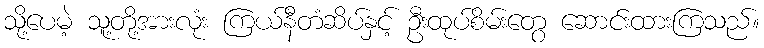
သို့ပေမဲ့ သူ့တို့အားလုံး ကြယ်နီတံဆိပ်နှင့် ဦးထုပ်စိမ်းတွေ ဆောင်းထားကြသည်။